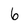
Character: 6